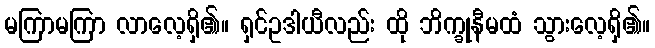
မကြာမကြာ လာလေ့ရှိ၏။ ရှင်ဥဒါယီလည်း ထို ဘိက္ခုနီမထံ သွားလေ့ရှိ၏။